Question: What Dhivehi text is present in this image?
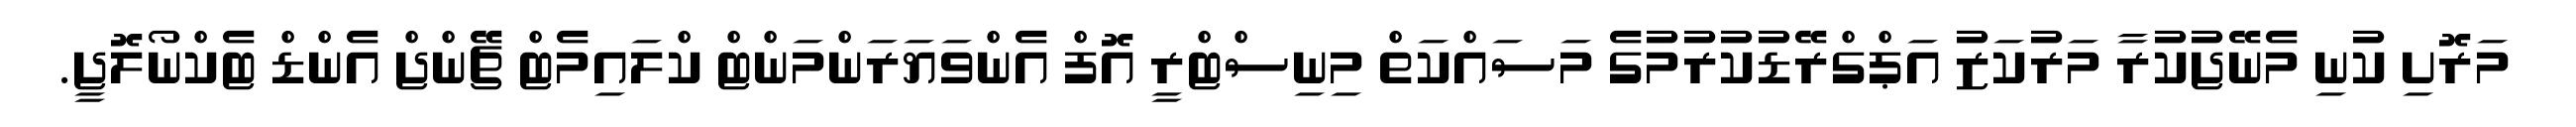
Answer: މަރޮށި ކުނި މެނޭޖުކުރާ މަރުކަޒު އަޕްގްރޭޑުކުރުމުގެ މަސައްކަތް މިނިސްޓްރީ އޮފް އެންވަޔަރަންމަންޓް ކްލައިމެޓް ޗޭންޖް އެންޑް ޓެކްނޯލޮޖީ.